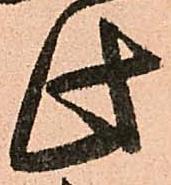
此